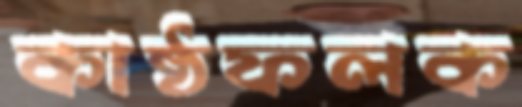
কাষ্ঠফলক